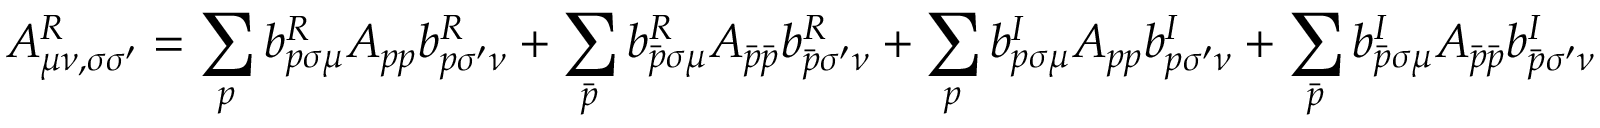
A _ { \mu \nu , \sigma \sigma ^ { \prime } } ^ { R } = \sum _ { p } b _ { p \sigma \mu } ^ { R } A _ { p p } b _ { p \sigma ^ { \prime } \nu } ^ { R } + \sum _ { \bar { p } } b _ { \bar { p } \sigma \mu } ^ { R } A _ { \bar { p } \bar { p } } b _ { \bar { p } \sigma ^ { \prime } \nu } ^ { R } + \sum _ { p } b _ { p \sigma \mu } ^ { I } A _ { p p } b _ { p \sigma ^ { \prime } \nu } ^ { I } + \sum _ { \bar { p } } b _ { \bar { p } \sigma \mu } ^ { I } A _ { \bar { p } \bar { p } } b _ { \bar { p } \sigma ^ { \prime } \nu } ^ { I }